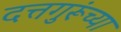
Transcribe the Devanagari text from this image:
दत्तगुरूंच्या